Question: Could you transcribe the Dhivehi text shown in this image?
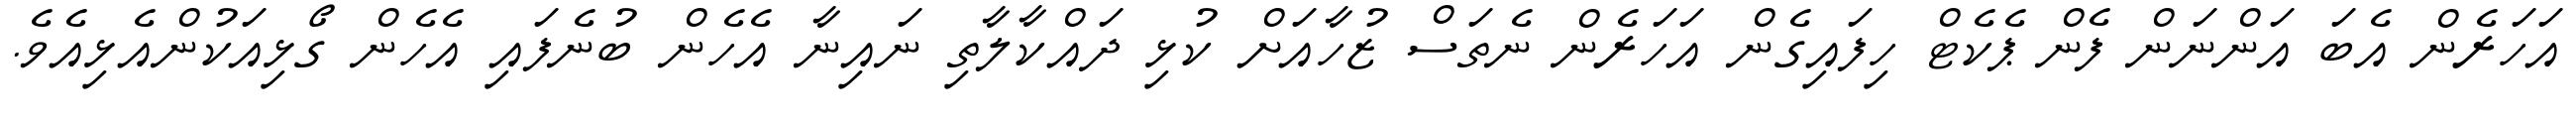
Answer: އަހަރެން އެބަ އަންނަން ފެން ޕެކެޓް ހިފައިގެން އަހަރެން ނެތަސް ޒުހާއަށް ކުޅި ދައްކާލާތި ނައިނާ އެހެން ބުނެފައި އެހެން ގޯޅިއަކުންއެޅިއެވެ.